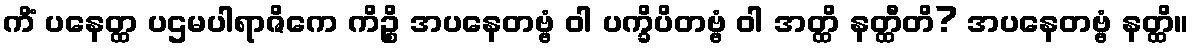
ကိံ ပနေတ္ထ ပဌမပါရာဇိကေ ကိဉ္စိ အပနေတဗ္ဗံ ဝါ ပက္ခိပိတဗ္ဗံ ဝါ အတ္ထိ နတ္ထီတိ? အပနေတဗ္ဗံ နတ္ထိ။